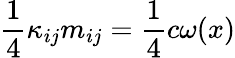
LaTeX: \frac 14\kappa_{ij}m_{ij}=\frac 14c\omega(x)